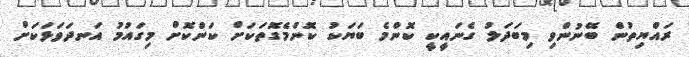
ރައްޔިތުން ބޭނުންވި މިބަދަލު ގެނައީކީ ކޮންމެ ބަޔަކު ކޮންމެގޮތަކަށް ކަންކޮށް މިގައުމު އަނދަވަޅަކަށް